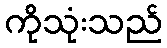
ကိုသုံးသည်